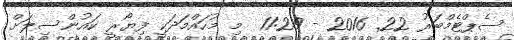
ސެޕްޓެމްބަރު 22